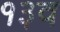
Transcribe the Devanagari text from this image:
१३व